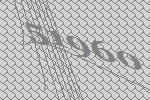
51960